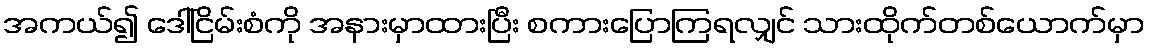
အကယ်၍ ဒေါ်ငြိမ်းစံကို အနားမှာထားပြီး စကားပြောကြရလျှင် သားထိုက်တစ်ယောက်မှာ